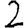
Digit: 2